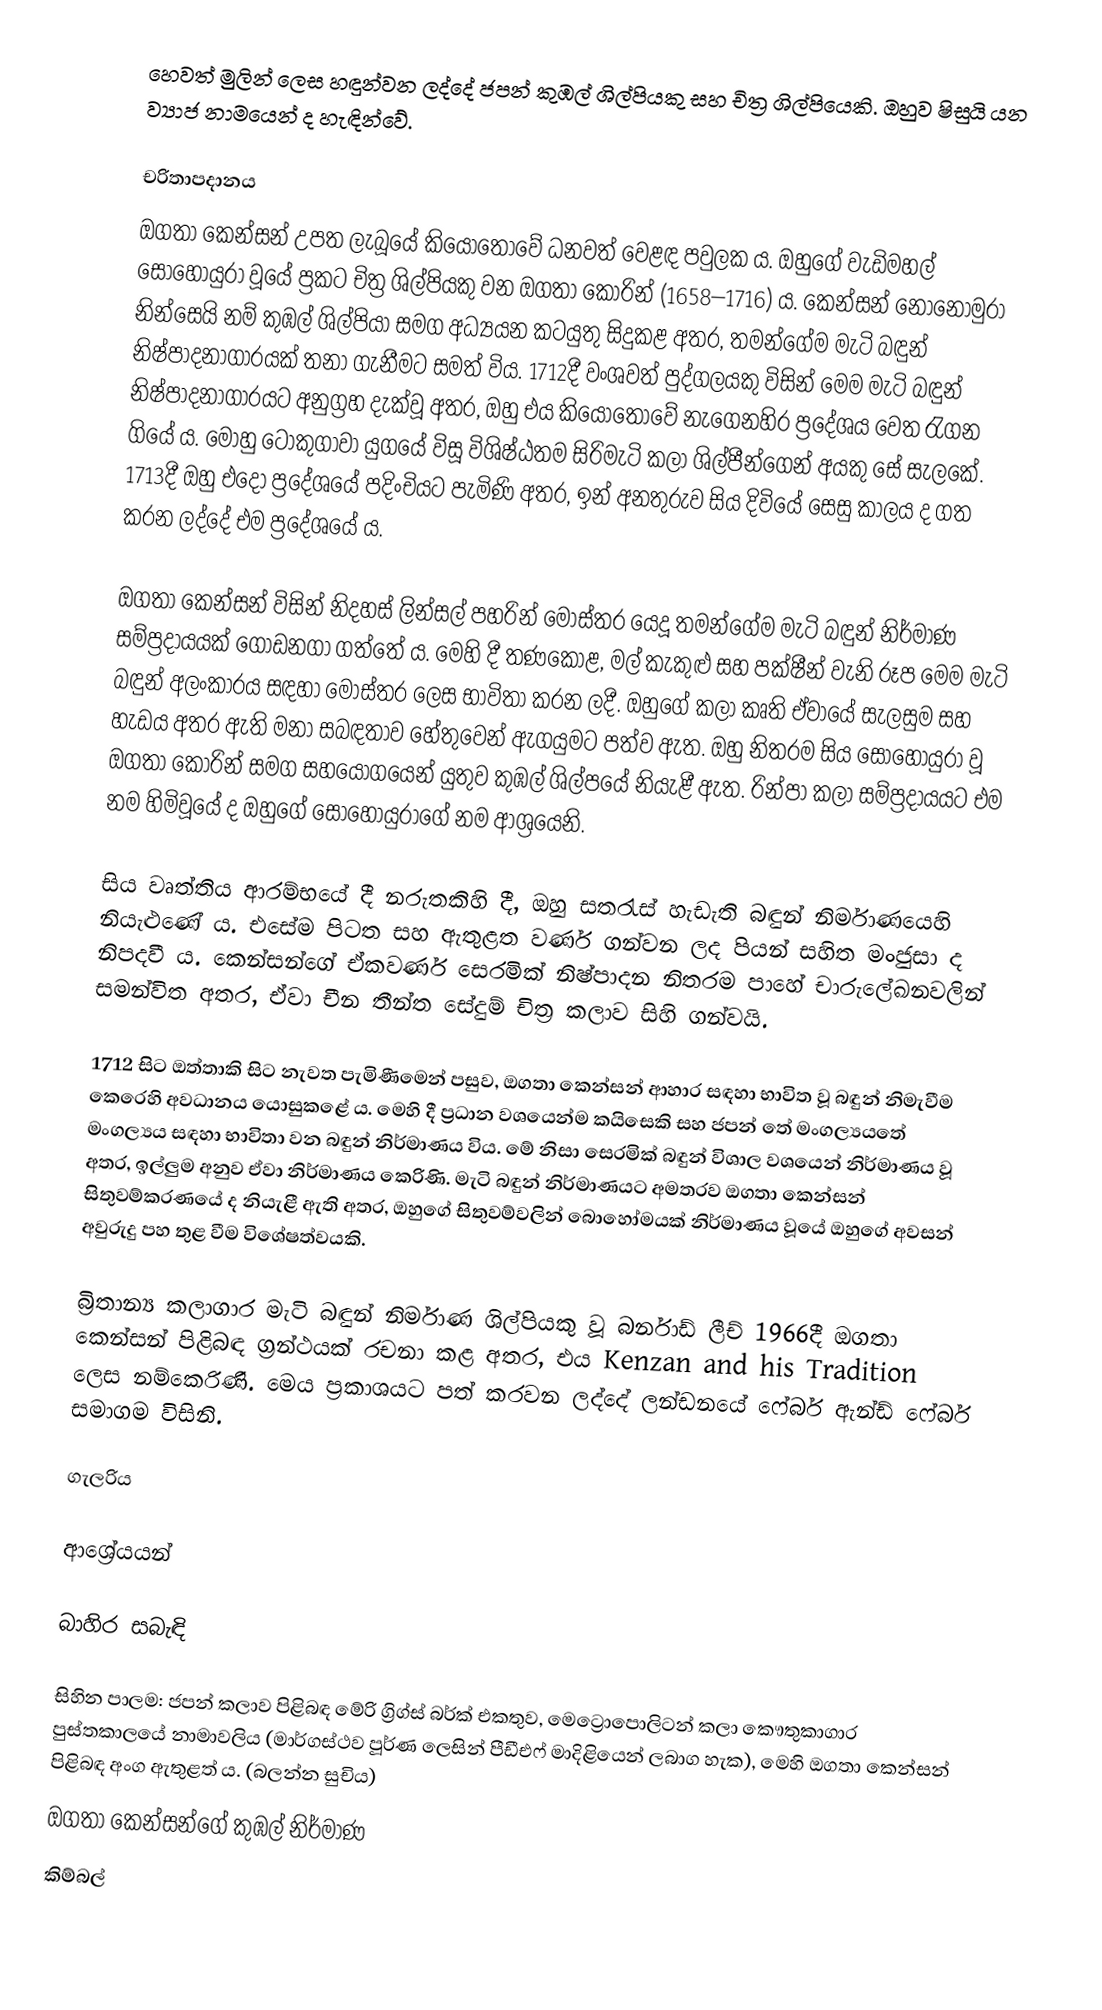
හෙවත් මුලින්  ලෙස හඳුන්වන ලද්දේ ජපන් කුඹල් ශිල්පියකු සහ චිත්‍ර ශිල්පියෙකි. ඔහුව ෂිසුයි යන ව්‍යාජ නාමයෙන් ද හැඳින්වේ.

චරිතාපදානය
ඔගතා කෙන්සන් උපත ලැබූයේ කියෝතෝවේ ධනවත් වෙළඳ පවුලක ය. ඔහුගේ වැඩිමහල් සොහොයුරා වූයේ ප්‍රකට චිත්‍ර ශිල්පියකු වන ඔගතා කෝරින් (1658–1716) ය. කෙන්සන් නොනොමුරා නින්සෙයි නම් කුඹල් ශිල්පියා සමග අධ්‍යයන කටයුතු සිදුකළ අතර, තමන්ගේම මැටි බඳුන් නිෂ්පාදනාගාරයක් තනා ගැනීමට සමත් විය. 1712දී වංශවත් පුද්ගලයකු විසින් මෙම මැටි බඳුන් නිෂ්පාදනාගාරයට අනුග්‍රහ දැක්වූ අතර, ඔහු එය කියෝතෝවේ නැගෙනහිර ප්‍රදේශය වෙත රැගන ගියේ ය. මොහු ටොකුගාවා යුගයේ විසූ විශිෂ්ඨතම සිරිමැටි කලා ශිල්පීන්ගෙන් අයකු සේ සැලකේ. 1713දී ඔහු එදෝ ප්‍රදේශයේ පදිංචියට පැමිණි අතර, ඉන් අනතුරුව සිය දිවියේ සෙසු කාලය ද ගත කරන ලද්දේ එම ප්‍රදේශයේ ය.

ඔගතා කෙන්සන් විසින් නිදහස් ලින්සල් පහරින් මෝස්තර යෙදූ තමන්ගේම මැටි බඳුන් නිර්මාණ සම්ප්‍රදායයක් ගොඩනගා ගත්තේ ය. මෙහි දී තණකොළ, මල් කැකුළු සහ පක්ෂීන් වැනි රූප මෙම මැටි බඳුන් අලංකාරය සඳහා මෝස්තර ලෙස භාවිතා කරන ලදී. ඔහුගේ කලා කෘති ඒවායේ සැලසුම සහ හැඩය අතර ඇති මනා සබඳතාව හේතුවෙන් ඇගයුමට පත්ව ඇත. ඔහු නිතරම සිය සොහොයුරා වූ ඔගතා කෝරින් සමග සහයෝගයෙන් යුතුව කුඹල් ශිල්පයේ නියැළී ඇත. රින්පා කලා සම්ප්‍රදායයට එම නම හිමිවූයේ ද ඔහුගේ සොහොයුරාගේ නම ආශ්‍රයෙනි.

සිය වෘත්තිය ආරම්භයේ දී නරුතකිහි දී, ඔහු සතරැස් හැඩැති බඳුන් නිර්මාණයෙහි නියැළුණේ ය. එසේම පිටත සහ ඇතුළත වර්ණ ගන්වන ලද පියන් සහිත මංජුසා ද නිපදවී ය. කෙන්සන්ගේ ඒකවර්ණ සෙරමික් නිෂ්පාදන නිතරම පාහේ චාරුලේඛනවලින් සමන්විත අතර, ඒවා චීන තීන්ත සේදුම් චිත්‍ර කලාව සිහි ගන්වයි.

1712 සිට ඔත්තාකි සිට නැවත පැමිණීමෙන් පසුව, ඔගතා කෙන්සන් ආහාර සඳහා භාවිත වූ බඳුන් නිමැවීම කෙරෙහි අවධානය යොසුකළේ ය. මෙහි දී ප්‍රධාන වශයෙන්ම කයිසෙකි සහ ජපන් තේ මංගල්‍යයතේ මංගල්‍යය සඳහා භාවිතා වන බඳුන් නිර්මාණය විය. මේ නිසා සෙරමික් බඳුන් විශාල වශයෙන් නිර්මාණය වූ අතර, ඉල්ලුම අනුව ඒවා නිර්මාණය කෙරිණි. මැටි බඳුන් නිර්මාණයට අමතරව ඔගතා කෙන්සන් සිතුවම්කර‍ණයේ ද නියැළී ඇති අතර, ඔහුගේ සිතුවම්වලින් බොහෝමයක් නිර්මාණය වූයේ ඔහු‍ගේ අවසන් අවුරුදු පහ තුළ වීම විශේෂත්වයකි.

බ්‍රිතාන්‍ය කලාගාර මැටි බඳුන් නිර්මාණ ශිල්පියකු වූ බර්නාඩ් ලීච් 1966දී ඔගතා කෙන්සන් පිළිබඳ ග්‍රන්ථයක් රචනා කළ අතර, එය Kenzan and his Tradition ලෙස නම්කෙරිණි. මෙය ප්‍රකාශයට පත් කරවන ලද්දේ ලන්ඩනයේ ෆේබර් ඇන්ඩ් ෆේබර් සමාගම විසිනි.

ගැලරිය

ආශ්‍රේයයන්

බාහිර සබැඳි

සිහින පාලම: ජපන් කලාව පිළිබඳ මේරි ග්‍රිග්ස් බර්ක් එකතුව, මෙට්‍රොපොලිටන් කලා කෞතුකාගාර පුස්තකාලයේ නාමාවලිය (මාර්ගස්ථව පූර්ණ ලෙසින් පීඩීඑෆ් මාදිළියෙන් ලබාග හැක), මෙහි ඔගතා කෙන්සන් පිළිබඳ අංග ඇතුළත් ය. (බලන්න සුචිය)
ඔගතා කෙන්සන්ගේ කුඹල් නිර්මාණ
කිම්බල්